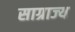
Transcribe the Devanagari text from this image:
साग्राज्‍य